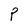
Character: P